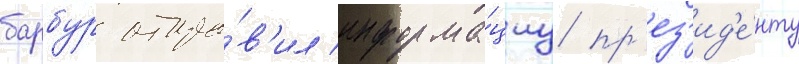
барбур отпра́в'ил информа́циу пр'ез'ид'е́нту